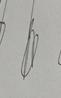
Signature authenticity: genuine